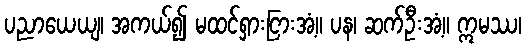
ပညာယေယျ၊ အကယ်၍ မထင်ရှားငြားအံ့။ ပန၊ ဆက်ဦးအံ့။ ဣမဿ၊